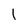
Character: l